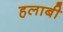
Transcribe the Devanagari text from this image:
हलाबी